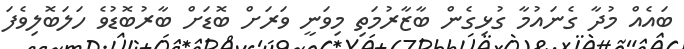
ބައެއް މުދާ ގެނައުމާ ގުޅިގެން ބާޒާރުމަތި މިވަނީ ވަރަށް ބޮޑަށް ބާރުބޮޑުވެ ހަލަބޮލިވެފަ